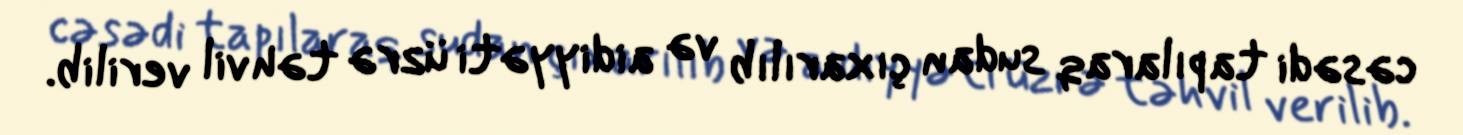
cəsədi tapılaraq sudan çıxarılıb və aidiyyəti üzrə təhvil verilib.